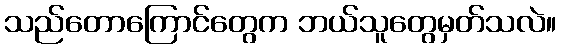
သည်တောကြောင်တွေက ဘယ်သူတွေမှတ်သလဲ။